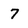
Character: 7